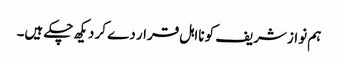
ہم نواز شریف کو نااہل قرار دے کر دیکھ چکے ہیں۔